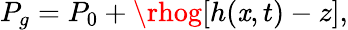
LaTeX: P_{g}=P_{0}+\rhog[h(\mathit{x},t)-z],